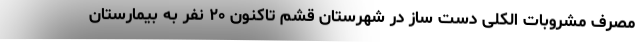
مصرف مشروبات الکلی دست ساز در شهرستان قشم تاکنون ۲۰ نفر به بیمارستان